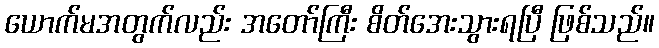
ယောက်မအတွက်လည်း အတော်ကြီး စိတ်အေးသွားရပြီ ဖြစ်သည်။